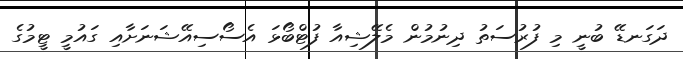
ދަގަނޑޭ ބުނީ މި ފުރުސަތު ދިނުމުން މެލޭޝިއާ ފުޓްބޯޅަ އެސޯސިއޭޝަނަށާއި ގައުމީ ޓީމުގެ